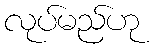
လုပ်မည်ဟု